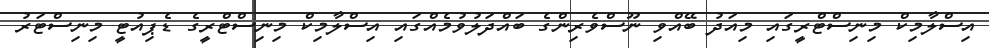
އިސްލާމިކް މިނިސްޓްރީގައި މިއަދު ބޭއްވި ނޫސްވެރިންގެ ބައްދަލުވުމެއްގައި އިސްލާމިކް މިނިސްޓްރީގެ ޑެޕިއުޓީ މިނިސްޓަރު